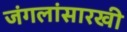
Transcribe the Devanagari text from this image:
जंगलांसारखी